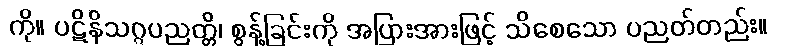
ကို။ ပဋိနိသဂ္ဂပညတ္တိ၊ စွန့်ခြင်းကို အပြားအားဖြင့် သိစေသော ပညတ်တည်း။